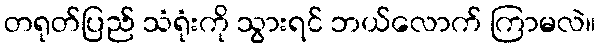
တရုတ်ပြည် သံရုံးကို သွားရင် ဘယ်လောက် ကြာမလဲ။